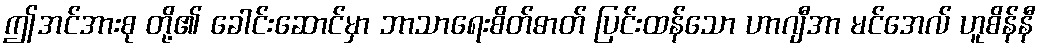
ဤအင်အားစု တို့၏ ခေါင်းဆောင်မှာ ဘာသာရေးစိတ်ဓာတ် ပြင်းထန်သော ဟာဂျီအာ မင်အေလ် ဟူစိန်နီ